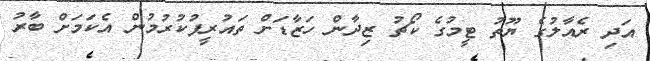
އަދި ރެއާލުގެ ޔޫތު ޓީމުގެ ކޯޗު ޒިދާން ހަޒާޑަށް ތައުރީފުކުރުމުން އެކަމަށް ބާރު